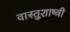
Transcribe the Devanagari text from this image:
वास्तुशाष्त्री